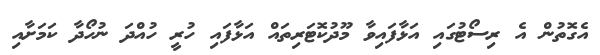
އެގޮތުން އެ ރިސޯޓުގައި އަޅާފައިވާ މޫދުކޮޓަރިތައް އަޅާފައި ހުރީ ހުއްދަ ނުހޯދާ ކަމަށާއި